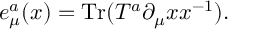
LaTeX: e _ { \mu } ^ { a } ( x ) = \mathrm { T r } ( T ^ { a } \partial _ { \mu } x x ^ { - 1 } ) .